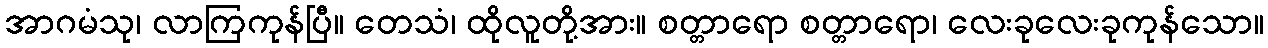
အာဂမံသု၊ လာကြကုန်ပြီ။ တေသံ၊ ထိုလူတို့အား။ စတ္တာရော စတ္တာရော၊ လေးခုလေးခုကုန်သော။